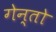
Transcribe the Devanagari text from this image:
गेन्तो